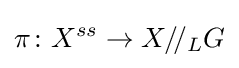
\pi \colon X^{ss}\to X/\!/_{L}G